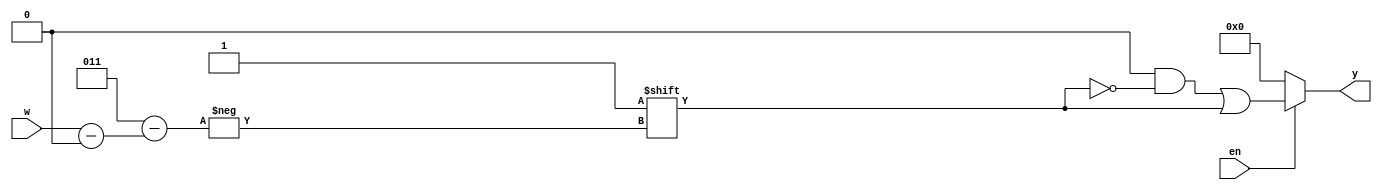
module decoder_generic
#(parameter n = 2)
(
input [n-1:0]w,
input en,
output reg [0 : 2**n - 1]y // here y[0] = MSB
);
always @(*)
begin
	y = 'b0; // default value
	if(en)
		y[w] = 1'b1; // just put a 1 at the w'th bit
	else
		y = 'b0;
		
end
endmodule